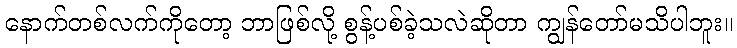
နောက်တစ်လက်ကိုတော့ ဘာဖြစ်လို့ စွန့်ပစ်ခဲ့သလဲဆိုတာ ကျွန်တော်မသိပါဘူး။